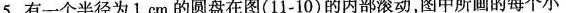
5.有一个半径为1cm的圆盘在图(11-10)的内部滚动，图中所画的每个小